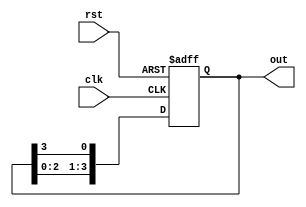
module johnson_counter(
  input clk,
  input rst,
  output [3:0] out
);

reg [3:0] q;

always @(posedge clk or posedge rst) begin
  if (rst)
    q <= 4'b0001;
  else
    q <= {q[2:0], q[3]};
end

assign out = q;

endmodule